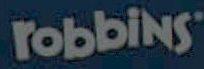
robbins